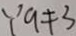
\because a \neq 3